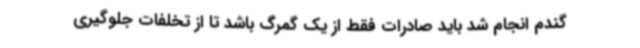
گندم انجام شد باید صادرات فقط از یک گمرگ باشد تا از تخلفات جلوگیری